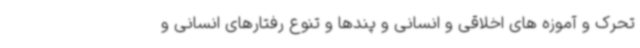
تحرک و آموزه های اخلاقی و انسانی و پندها و تنوع رفتارهای انسانی و